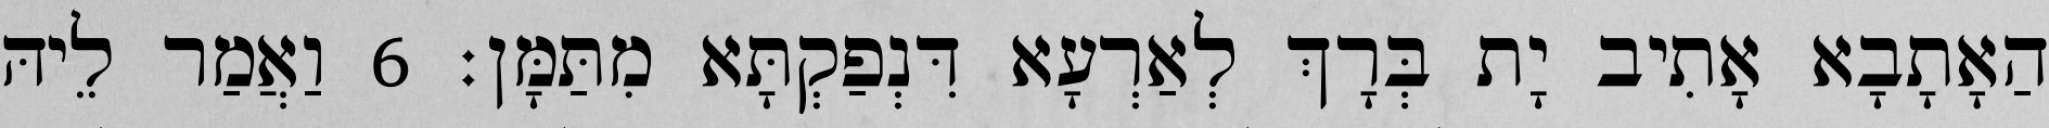
הַאָתָבָא אָתִיב יָת בְּרָךְ לְאַרְעָא דִּנְפַקְתָּא מִתַּמָּן׃ 6 וַאֲמַר לֵיהּ